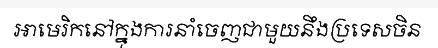
អាមេរិកនៅក្នុងការនាំចេញជាមួយនឹងប្រទេសចិន